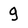
Character: g